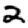
Digit: 2